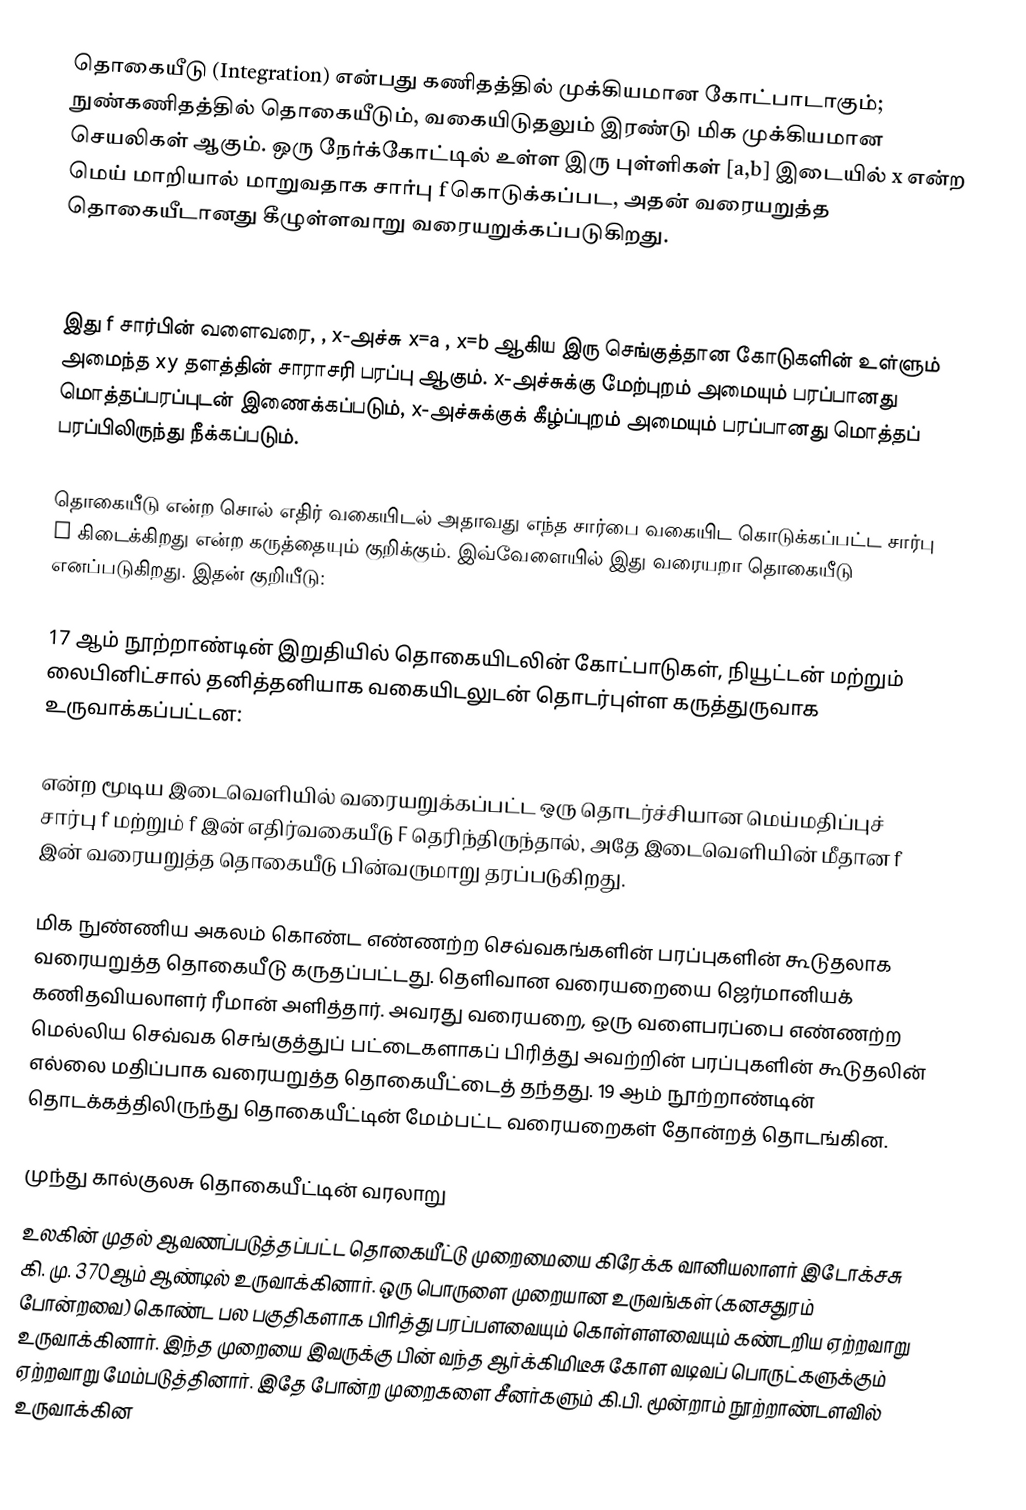
தொகையீடு (Integration) என்பது கணிதத்தில் முக்கியமான கோட்பாடாகும்;  நுண்கணிதத்தில் தொகையீடும், வகையிடுதலும் இரண்டு மிக முக்கியமான செயலிகள் ஆகும். ஒரு நேர்க்கோட்டில் உள்ள இரு புள்ளிகள் [a,b] இடையில் x என்ற மெய் மாறியால் மாறுவதாக சார்பு f கொடுக்கப்பட, அதன் வரையறுத்த தொகையீடானது கீழுள்ளவாறு வரையறுக்கப்படுகிறது.

இது f சார்பின் வளைவரை, , x-அச்சு x=a , x=b ஆகிய இரு செங்குத்தான கோடுகளின் உள்ளும் அமைந்த xy தளத்தின் சாராசரி பரப்பு ஆகும். x-அச்சுக்கு மேற்புறம் அமையும் பரப்பானது மொத்தப்பரப்புடன் இணைக்கப்படும், x-அச்சுக்குக் கீழ்ப்புறம் அமையும் பரப்பானது மொத்தப் பரப்பிலிருந்து நீக்கப்படும்.

தொகையீடு என்ற சொல்  எதிர் வகையிடல் அதாவது எந்த சார்பை வகையிட  கொடுக்கப்பட்ட சார்பு ƒ கிடைக்கிறது என்ற கருத்தையும் குறிக்கும். இவ்வேளையில் இது வரையறா தொகையீடு எனப்படுகிறது. இதன் குறியீடு:

17 ஆம் நூற்றாண்டின் இறுதியில் தொகையிடலின் கோட்பாடுகள், நியூட்டன் மற்றும் லைபினிட்சால் தனித்தனியாக வகையிடலுடன் தொடர்புள்ள கருத்துருவாக உருவாக்கப்பட்டன:

 என்ற மூடிய இடைவெளியில் வரையறுக்கப்பட்ட ஒரு தொடர்ச்சியான மெய்மதிப்புச் சார்பு f மற்றும் f இன் எதிர்வகையீடு F தெரிந்திருந்தால், அதே இடைவெளியின் மீதான f இன் வரையறுத்த தொகையீடு பின்வருமாறு தரப்படுகிறது.

மிக நுண்ணிய அகலம் கொண்ட எண்ணற்ற செவ்வகங்களின் பரப்புகளின் கூடுதலாக வரையறுத்த தொகையீடு கருதப்பட்டது. தெளிவான வரையறையை ஜெர்மானியக் கணிதவியலாளர் ரீமான் அளித்தார். அவரது வரையறை, ஒரு வளைபரப்பை எண்ணற்ற மெல்லிய செவ்வக செங்குத்துப் பட்டைகளாகப் பிரித்து அவற்றின் பரப்புகளின் கூடுதலின் எல்லை மதிப்பாக வரையறுத்த தொகையீட்டைத் தந்தது. 19 ஆம் நூற்றாண்டின் தொடக்கத்திலிருந்து தொகையீட்டின் மேம்பட்ட வரையறைகள் தோன்றத் தொடங்கின.

முந்து கால்குலசு தொகையீட்டின் வரலாறு
உலகின் முதல் ஆவணப்படுத்தப்பட்ட தொகையீட்டு முறைமையை கிரேக்க வானியலாளர் இடோக்சசு கி. மு. 370ஆம் ஆண்டில் உருவாக்கினார். ஒரு பொருளை முறையான உருவங்கள் (கனசதுரம் போன்றவை) கொண்ட பல பகுதிகளாக பிரித்து பரப்பளவையும் கொள்ளளவையும் கண்டறிய ஏற்றவாறு உருவாக்கினார். இந்த முறையை இவருக்கு பின் வந்த ஆர்க்கிமிடீசு கோள வடிவப் பொருட்களுக்கும் ஏற்றவாறு மேம்படுத்தினார். இதே போன்ற முறைகளை சீனர்களும் கி.பி. மூன்றாம் நூற்றாண்டளவில் உருவாக்கின